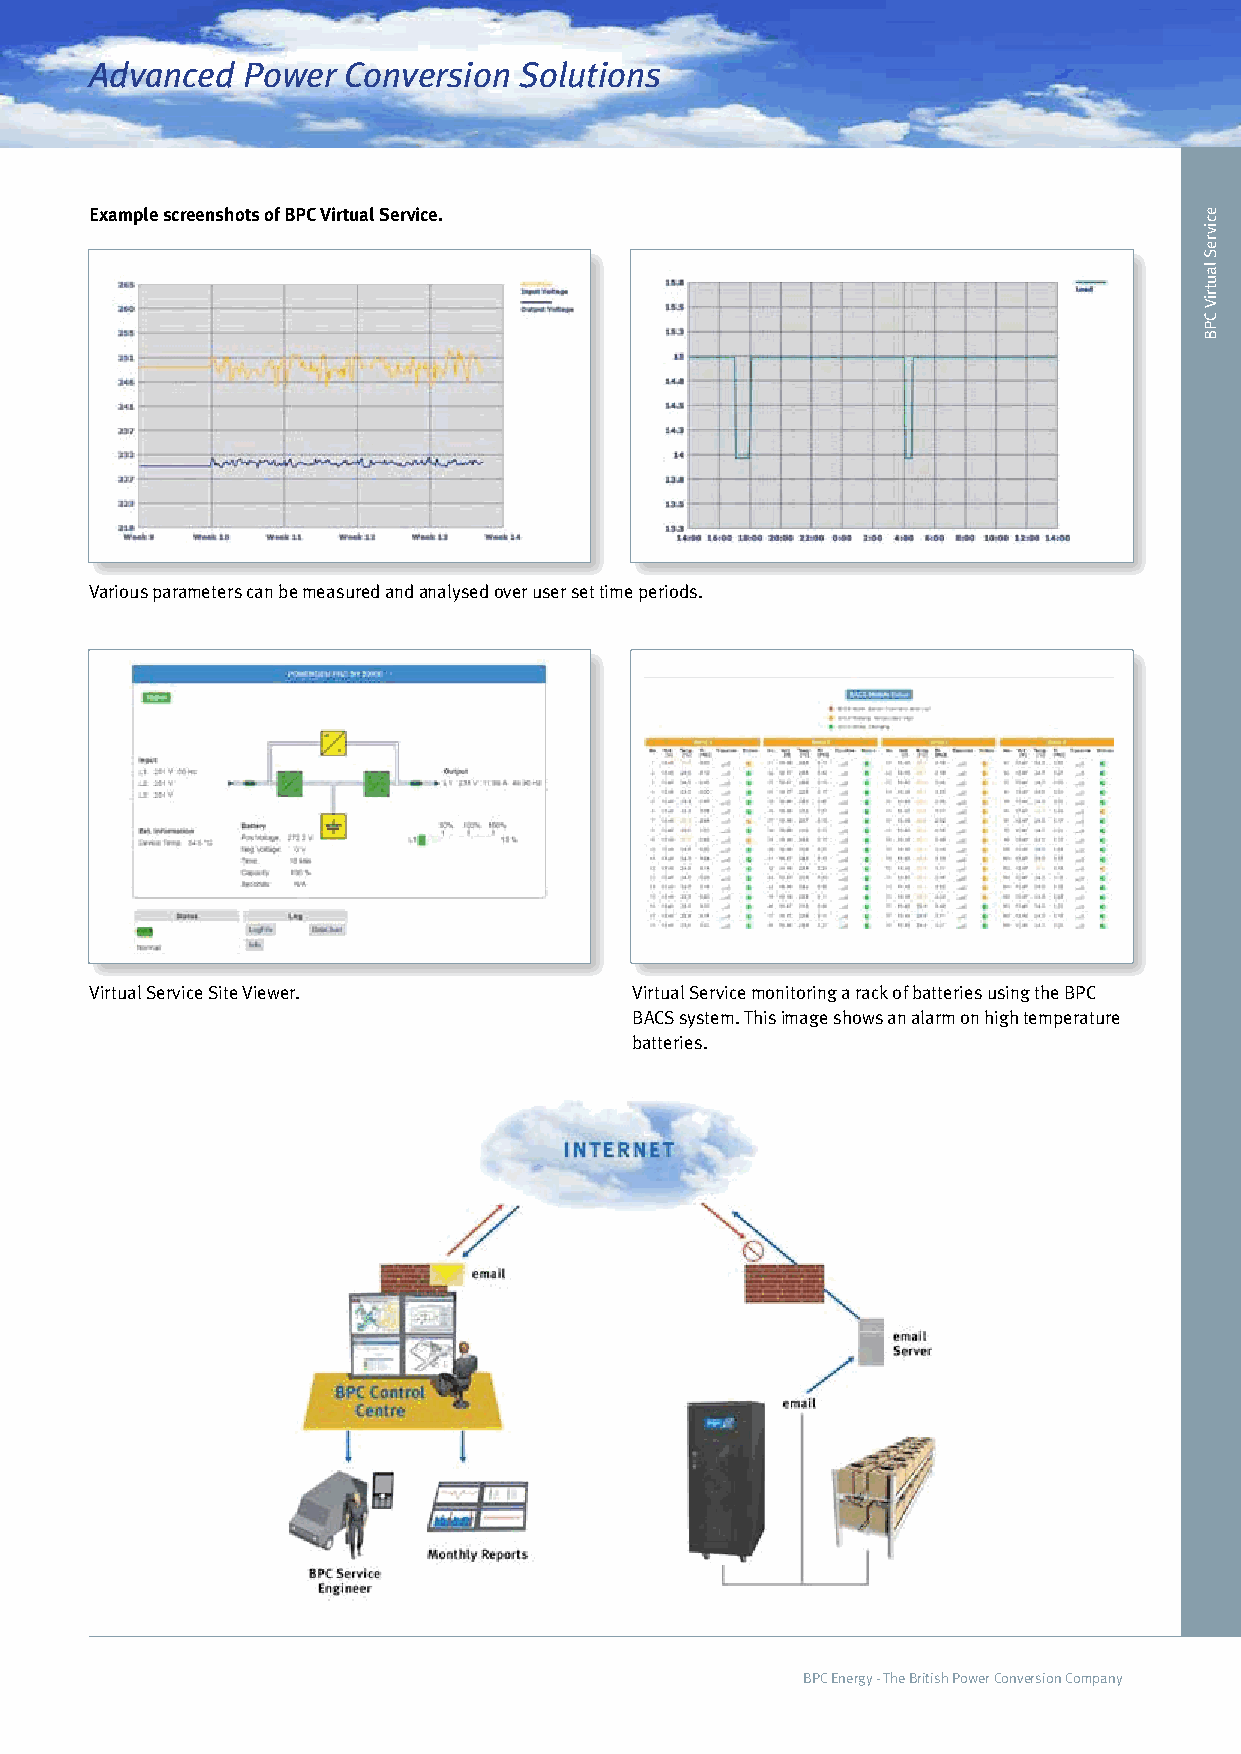
Advanced  Power  Conversion Solutions
 Example screenshots of BPC Virtual Service.
 Various parameters can be measured and analysed over user set time periods.
 Virtual Service Site Viewer.        Virtual Service monitoring a rack of batteries using the BPC
 BACS system. This image shows an alarm on high temperature
 batteries.
 BPC Energy - The British Power Conversion Company
 ecivreS
 lautriV
 CPB